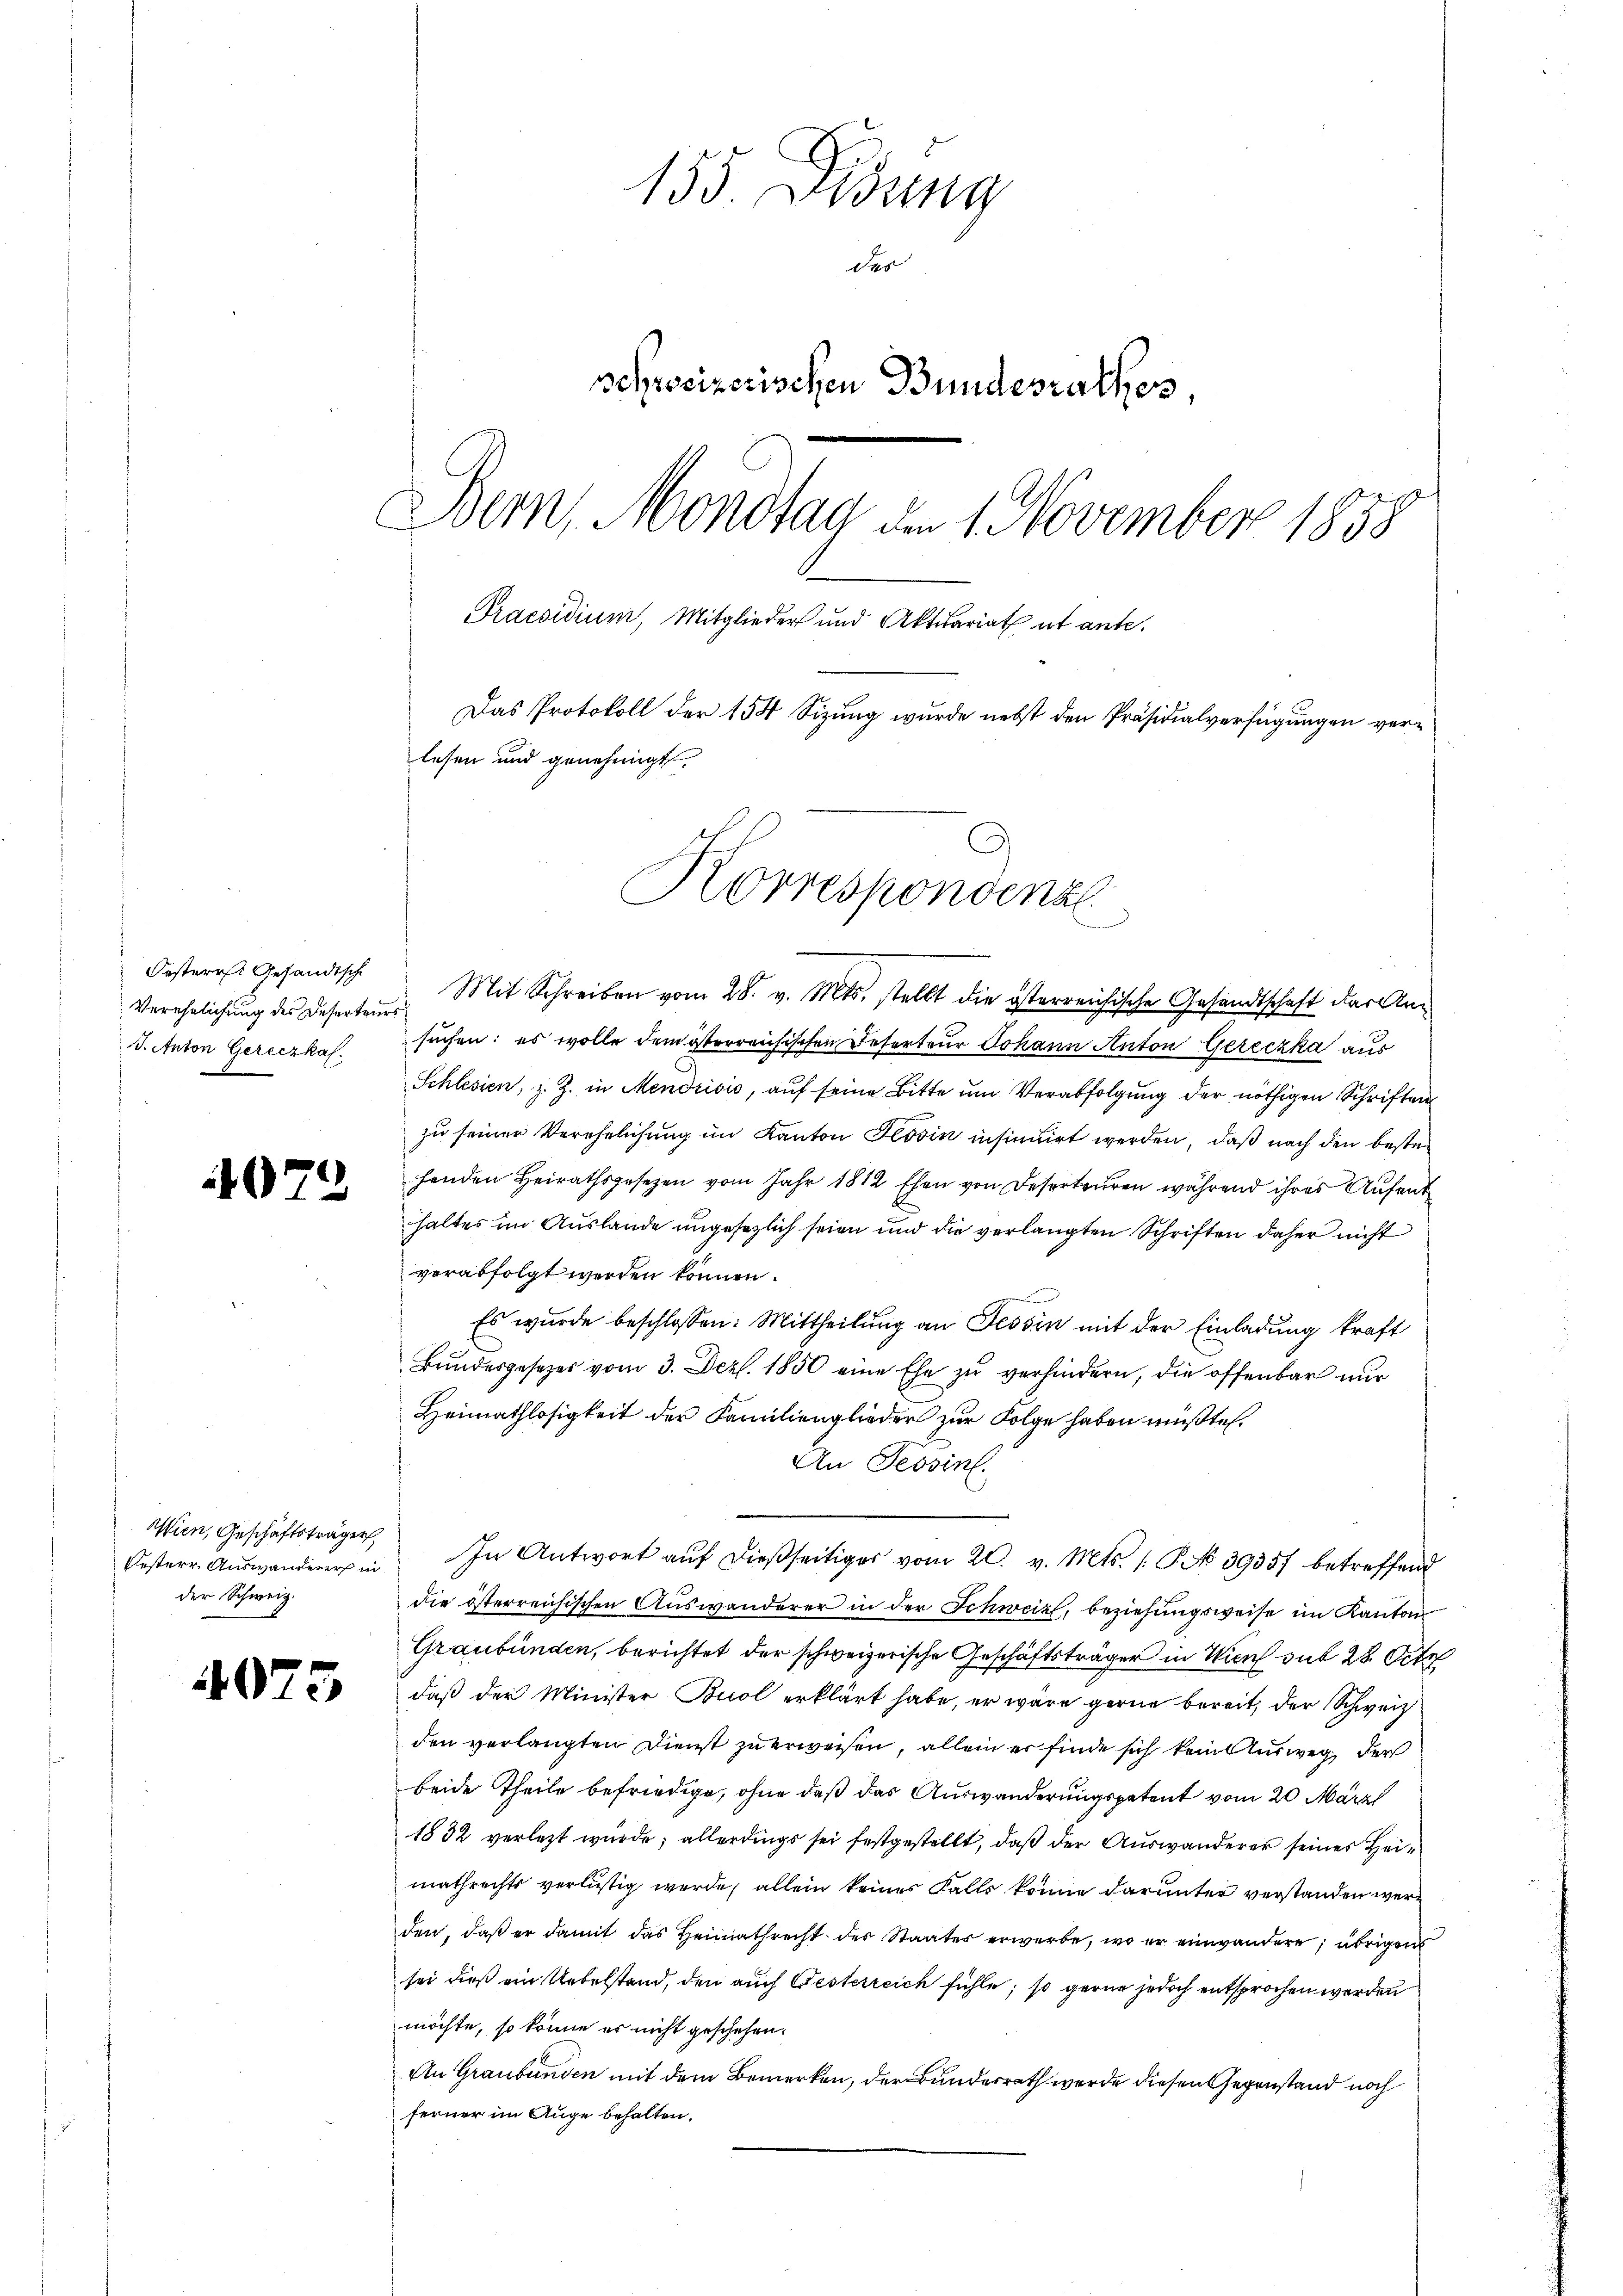
Oesterr. Gesandtsch
Verehelichung des Deserteurs
J. Anton Gereczkal.

4072

Wien, Geschäftsträger,
der Schweiz.

4075

155. Disung
des
schweizerischen Bundesrathes
Bern, Mondtag am 1. November 1858
Praesidium, Mitglieder und Aktuariat et ante.
Das Protokoll der 154 Sizung wurde nebst den Präsidialverfügungen verlesen und genehmigt.

Mit Schreiben vom 28. v. Mts. stellt die österreichische Gesandtschaft der Ansuchen; es wolle dem österreichischen Deterteur Johann Anton Gereczka aus
Schlesien, z. Z. in Mendrisić, auf seine Bitte um Verabfolgung der nöthigen Schriften
zu seiner Verehelichung im Kanton Tessin insinuirt werden, daß nach den bestehenden Heirathsgesetzen vom Jahr 1812 Ehen von Deserteuren während ihres Aufent
haltes im Auslande ungesezlich seien und die verlangten Schriften daher nicht
verabfolgt werden können.

Es wurde beschlossen: Mittheilung an Tessin mit der Einladung kraft
Bundesgesezes vom 3. Dez. 1850 eine Ehe zu verhindern, die offenbar nur
Heimathlosigkeit der Familienglieder zur Folge haben müßte.
An Tessin.
Oesterr. Aŭswanderers in In Antwort aŭf dießseitiges vom 20. v. Mts. (§ 3935 betreffend
die österreichischen Auswanderer in der Schweiz, beziehungsweise im Kanton
Graubünden, berichtet der schweizerische Geschäftsträger in Wien sub 28. Oct
daß der Minister Buol erklärt habe, er wäre gerne bereit, der Schweiz
den verlangten Dienst zu erweisen, allein er finde sich kein Ausweg, der
beide Theile befriedige, ohne daß das Auswanderungspatent vom 20. März
1832 verletzt wurde; allerdings sei festgestellt, daß der Auswanderer seines Heimathrechts verlustig werde, allein keines Falls könne darunter verstanden werd
den, daß er damit das Heimathrecht der Staater erwerbe, wo er einwandere; übrigens
sei dieß ein Uebelstand, den auch Gesterreich fühle, so gerne jedoch entsprochen werden
möchte, so könne er nicht geschehen.
An Graubünden mit dem Bemerken, der Bundesrath werde diesen Gegenstand noch
ferner im Auge behalten.

Korrespondenz
e